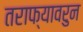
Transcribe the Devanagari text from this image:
तराफ्यावरुन